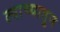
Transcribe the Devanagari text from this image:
त्याच्यातून